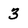
Character: 3